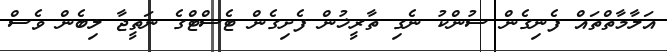
އަލާމާތްތައް ފެނިގެން ސުންކު ނެގި ތާރީޚުން ފެށިގެން ޓެސްޓްގެ ނަތީޖާ ލިބެން ވެސް